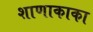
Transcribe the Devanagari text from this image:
शाणाकाका